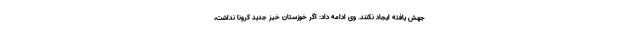
جهش یافته ایجاد نکنند. وی ادامه داد: اگر خوزستان خیز جدید کرونا نداشت،